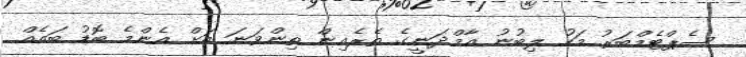
ސެޕްޓެމްބަރު މަހު ލިބުނު އާމްދަނީގެ ތެރެއިން ތިންވަނަ އަށް އެންމެ ބޮޑު ބައެއް